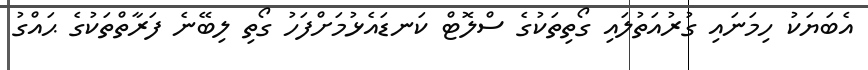
އެބަޔަކު ހިމަނައި ގުރުއަތުލައި ގޯތިތަކުގެ ސްލޮޓް ކަނޑައެޅުމަށްފަހު ގޯތި ލިބޭނެ ފަރާތްތަކުގެ ޙައްގު